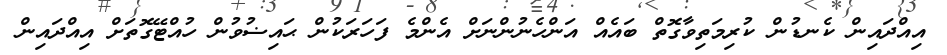
އިއްދައިން ކެނޑުން ކުރިމަތިވާގޮތް ބައެއް އަންހެނުންނަށް އެންމެ ފަހަރަކުން ޙައިޟުވުން ހުއްޓޭގޮތަށް އިއްދައިން